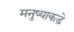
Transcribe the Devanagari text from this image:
मनुष्याकडे